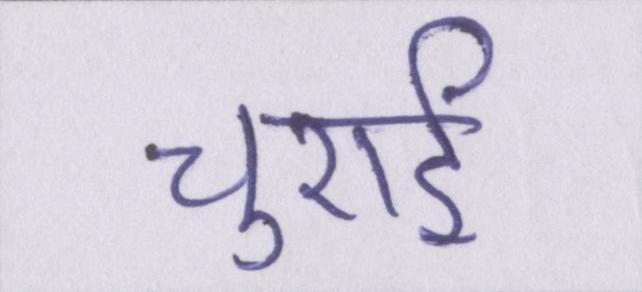
चुराई